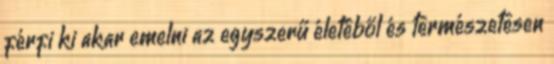
férfi ki akar emelni az egyszerű életéből és természetesen